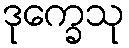
ဒုက္ခေသု